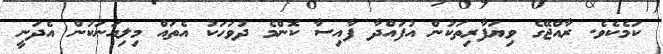
ކަމެކެވެ. ރާއްޖޭގެ ވިޔަފާރިތަކުން އުފައްދާ ފާއިސާ ކޮންމެ ދުވަހަކު އެތައް މިލިއަނަކުން އެދަނީ